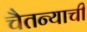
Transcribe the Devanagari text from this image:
चैतन्याची